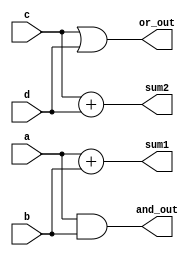
module overlapping_groups (
    input wire [3:0] a,        // Input group A
    input wire [3:0] b,        // Input group B
    input wire [3:0] c,        // Input group C
    input wire [3:0] d,        // Input group D
    output wire [4:0] sum1,    // Output of addition from Group 1
    output wire [4:0] sum2,    // Output of addition from Group 2
    output wire [3:0] and_out,  // Output of AND operation
    output wire [3:0] or_out    // Output of OR operation
);

// Group 1: Addition of a and b
wire [4:0] temp_sum1;
assign temp_sum1 = a + b;
assign sum1 = temp_sum1;

// Group 2: Addition of c and d (overlapping with Group 1)
wire [4:0] temp_sum2;
assign temp_sum2 = c + d;
assign sum2 = temp_sum2;

// Shared Logic: AND and OR operations using overlapping inputs
assign and_out = a & b; // AND operation on inputs A and B
assign or_out = c | d;  // OR operation on inputs C and D

endmodule